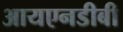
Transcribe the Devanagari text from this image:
आयएनडीबी